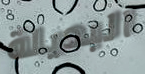
البديلة